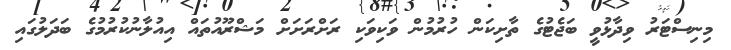
މިނިސްޓަރު ވިދާޅުވީ ބަޖެޓުގެ ތާށިކަން ހުރުމުން ވަކިވަކި ރަށްރަށަށް މަޝްރޫއުތައް އިއުލާނުކުރުމުގެ ބަދަލުގައި